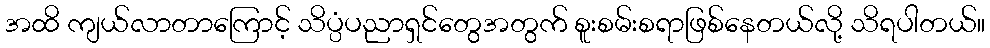
အထိ ကျယ်လာတာကြောင့် သိပ္ပံပညာရှင်တွေအတွက် စူးစမ်းစရာဖြစ်နေတယ်လို့ သိရပါတယ်။